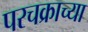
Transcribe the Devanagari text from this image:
परचक्राच्या